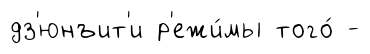
дз'юнъит'и р'ежи́мы того́ -